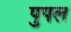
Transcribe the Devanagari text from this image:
पुपल